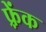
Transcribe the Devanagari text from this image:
फ़्रेंक